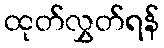
ထုတ်လွှတ်ရန်